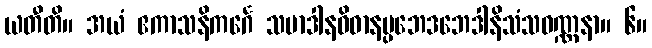
ယတီတိ။ အယံ ဧကာသနိကင်္ဂေ သမာဒါနဝိဓာနပ္ပဘေဒဘေဒါနိသံသဝဏ္ဏနာ။ ၆။